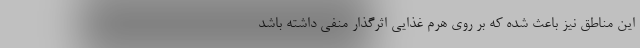
این مناطق نیز باعث شده که بر روی هرم غذایی اثرگذار منفی داشته باشد